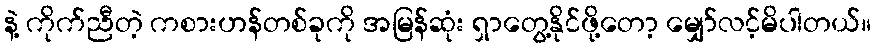
နဲ့ ကိုက်ညီတဲ့ ကစားဟန်တစ်ခုကို အမြန်ဆုံး ရှာတွေ့နိုင်ဖို့တော့ မျှော်လင့်မိပါတယ်။